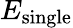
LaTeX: E_{\textrm{single}}